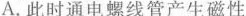
A.此时通电螺线管产生磁性